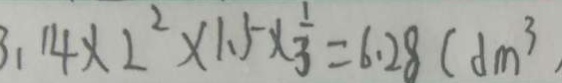
3 . 1 4 \times 2 ^ { 2 } \times 1 . 5 \times \frac { 1 } { 3 } = 6 . 2 8 ( d m ^ { 3 } )